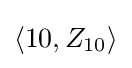
\left\langle 10,Z_{10}\right\rangle